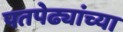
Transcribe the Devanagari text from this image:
पतपेढ्यांच्या